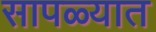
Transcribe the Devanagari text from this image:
सापळ्यात